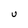
Character: U